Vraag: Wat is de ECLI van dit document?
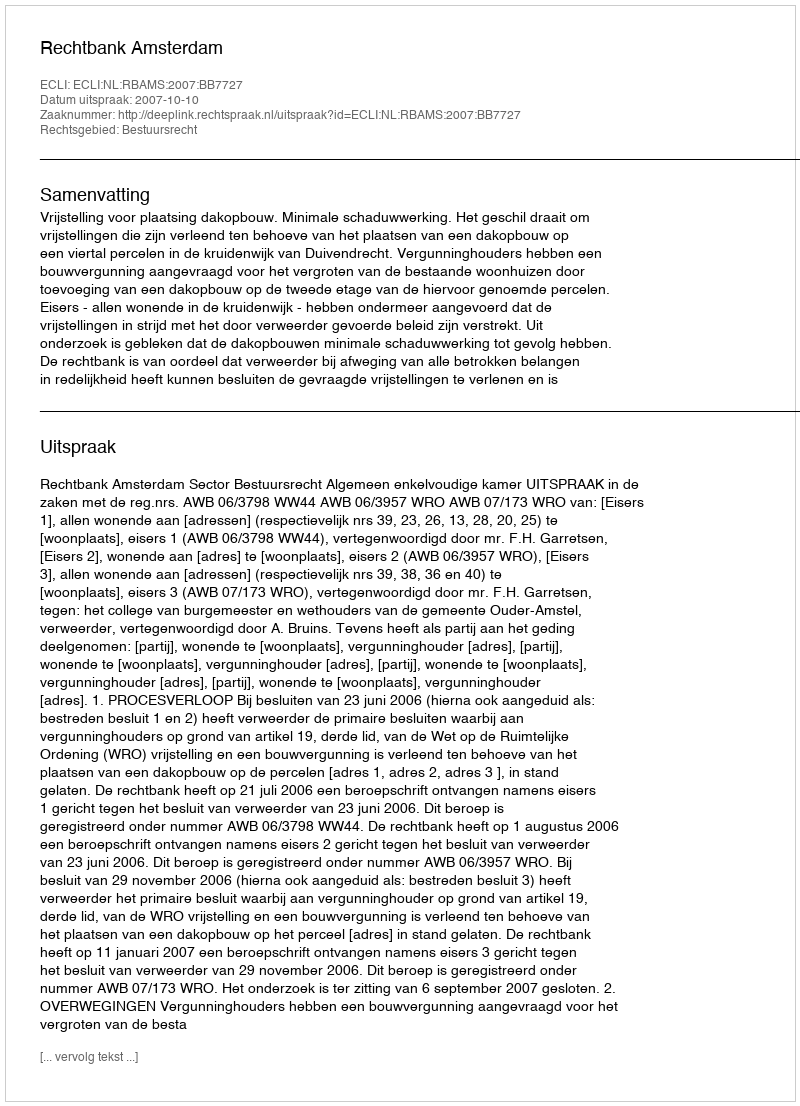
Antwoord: ECLI:NL:RBAMS:2007:BB7727